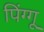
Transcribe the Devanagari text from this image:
पिंग्गू